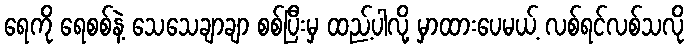
ရေကို ရေစစ်နဲ့ သေသေချာချာ စစ်ပြီးမှ ထည့်ပါလို့ မှာထားပေမယ့် လစ်ရင်လစ်သလို